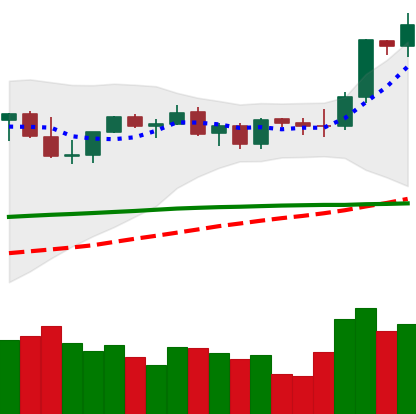
Ticker: ETH-USD
Chart end date: 2021-09-03
Forward return: -11.25%
Label: down_7plus